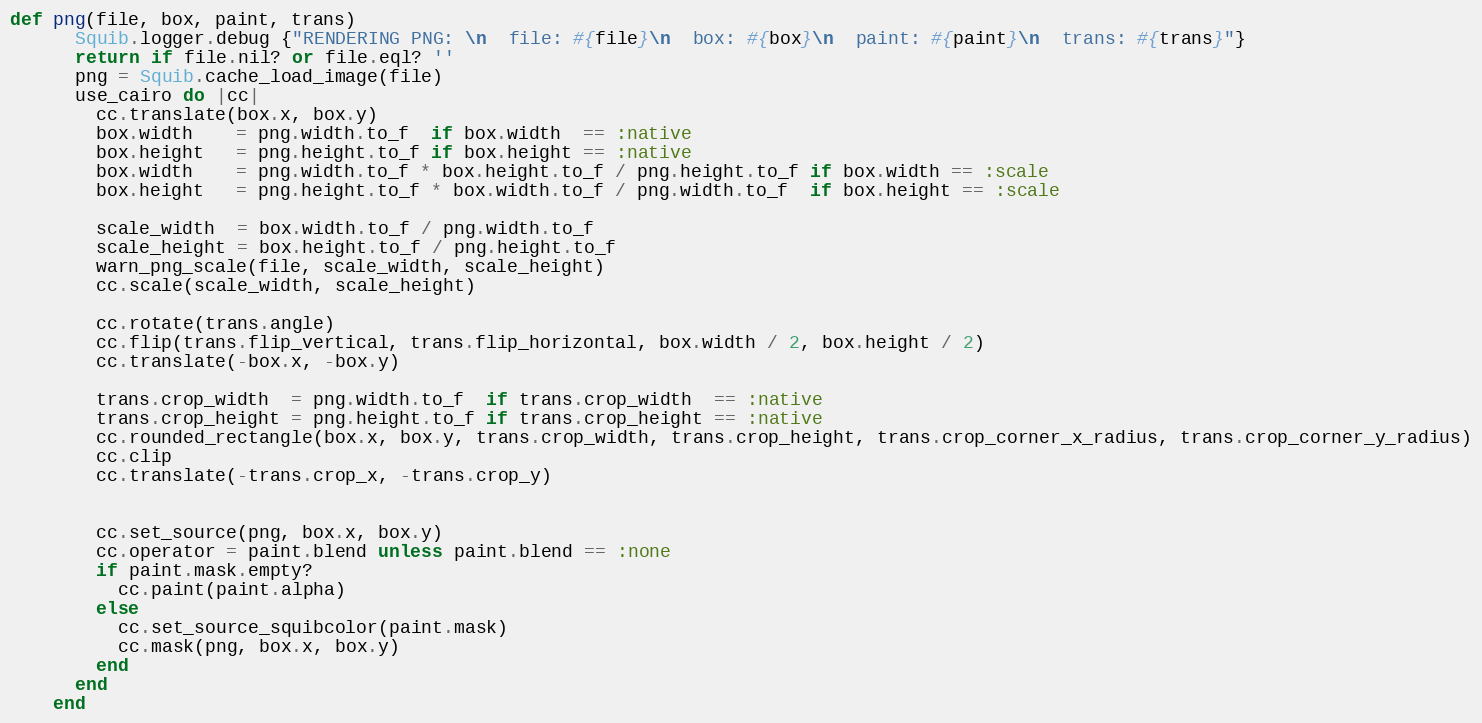
Language: Ruby
def png(file, box, paint, trans)
      Squib.logger.debug {"RENDERING PNG: \n  file: #{file}\n  box: #{box}\n  paint: #{paint}\n  trans: #{trans}"}
      return if file.nil? or file.eql? ''
      png = Squib.cache_load_image(file)
      use_cairo do |cc|
        cc.translate(box.x, box.y)
        box.width    = png.width.to_f  if box.width  == :native
        box.height   = png.height.to_f if box.height == :native
        box.width    = png.width.to_f * box.height.to_f / png.height.to_f if box.width == :scale
        box.height   = png.height.to_f * box.width.to_f / png.width.to_f  if box.height == :scale

        scale_width  = box.width.to_f / png.width.to_f
        scale_height = box.height.to_f / png.height.to_f
        warn_png_scale(file, scale_width, scale_height)
        cc.scale(scale_width, scale_height)

        cc.rotate(trans.angle)
        cc.flip(trans.flip_vertical, trans.flip_horizontal, box.width / 2, box.height / 2)
        cc.translate(-box.x, -box.y)

        trans.crop_width  = png.width.to_f  if trans.crop_width  == :native
        trans.crop_height = png.height.to_f if trans.crop_height == :native
        cc.rounded_rectangle(box.x, box.y, trans.crop_width, trans.crop_height, trans.crop_corner_x_radius, trans.crop_corner_y_radius)
        cc.clip
        cc.translate(-trans.crop_x, -trans.crop_y)

        cc.set_source(png, box.x, box.y)
        cc.operator = paint.blend unless paint.blend == :none
        if paint.mask.empty?
          cc.paint(paint.alpha)
        else
          cc.set_source_squibcolor(paint.mask)
          cc.mask(png, box.x, box.y)
        end
      end
    end